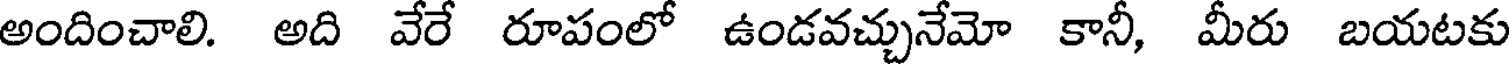
అందించాలి. అది వేరే రూపంలో ఉండవచ్చునేమో కానీ, మీరు బయటకు